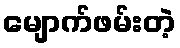
မျောက်ဖမ်းတဲ့